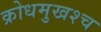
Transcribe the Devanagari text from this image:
क्रोधमुखश्च